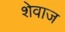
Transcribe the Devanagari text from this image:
शेवाज